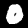
Digit: 0